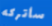
سأتركه